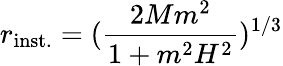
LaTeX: r_{\mathrm{inst.}}=(\frac{2Mm^{2}}{1+m^{2}H^{2}})^{1/3}